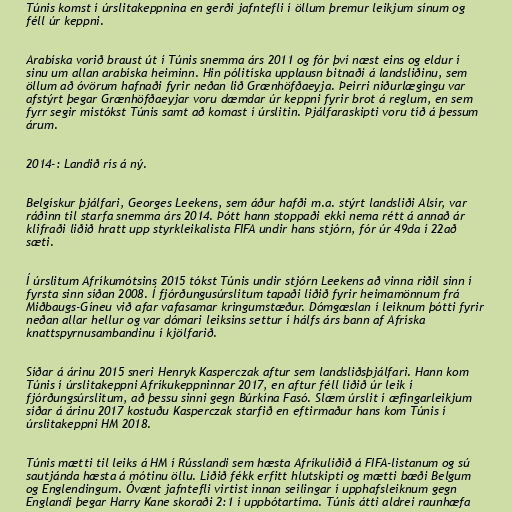
Túnis komst í úrslitakeppnina en gerði jafntefli í öllum þremur leikjum sínum og
féll úr keppni.

Arabíska vorið braust út í Túnis snemma árs 2011 og fór því næst eins og eldur í
sinu um allan arabíska heiminn. Hin pólitíska upplausn bitnaði á landsliðinu, sem
öllum að óvörum hafnaði fyrir neðan lið Grænhöfðaeyja. Þeirri niðurlægingu var
afstýrt þegar Grænhöfðaeyjar voru dæmdar úr keppni fyrir brot á reglum, en sem
fyrr segir mistókst Túnis samt að komast í úrslitin. Þjálfaraskipti voru tíð á þessum
árum.

2014-: Landið rís á ný.

Belgískur þjálfari, Georges Leekens, sem áður hafði m.a. stýrt landsliði Alsír, var
ráðinn til starfa snemma árs 2014. Þótt hann stoppaði ekki nema rétt á annað ár
klifraði liðið hratt upp styrkleikalista FIFA undir hans stjórn, fór úr 49da í 22að
sæti.

Í úrslitum Afríkumótsins 2015 tókst Túnis undir stjórn Leekens að vinna riðil sinn í
fyrsta sinn síðan 2008. Í fjórðungusúrslitum tapaði liðið fyrir heimamönnum frá
Miðbaugs-Gíneu við afar vafasamar kringumstæður. Dómgæslan í leiknum þótti fyrir
neðan allar hellur og var dómari leiksins settur í hálfs árs bann af Afríska
knattspyrnusambandinu í kjölfarið.

Síðar á árinu 2015 sneri Henryk Kasperczak aftur sem landsliðsþjálfari. Hann kom
Túnis í úrslitakeppni Afríkukeppninnar 2017, en aftur féll liðið úr leik í
fjórðungsúrslitum, að þessu sinni gegn Búrkína Fasó. Slæm úrslit í æfingarleikjum
síðar á árinu 2017 kostuðu Kasperczak starfið en eftirmaður hans kom Túnis í
úrslitakeppni HM 2018.

Túnis mætti til leiks á HM í Rússlandi sem hæsta Afríkuliðið á FIFA-listanum og sú
sautjánda hæsta á mótinu öllu. Liðið fékk erfitt hlutskipti og mætti bæði Belgum
og Englendingum. Óvænt jafntefli virtist innan seilingar í upphafsleiknum gegn
Englandi þegar Harry Kane skoraði 2:1 í uppbótartíma. Túnis átti aldrei raunhæfa